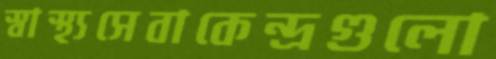
স্বাস্থ্যসেবাকেন্দ্রগুলো